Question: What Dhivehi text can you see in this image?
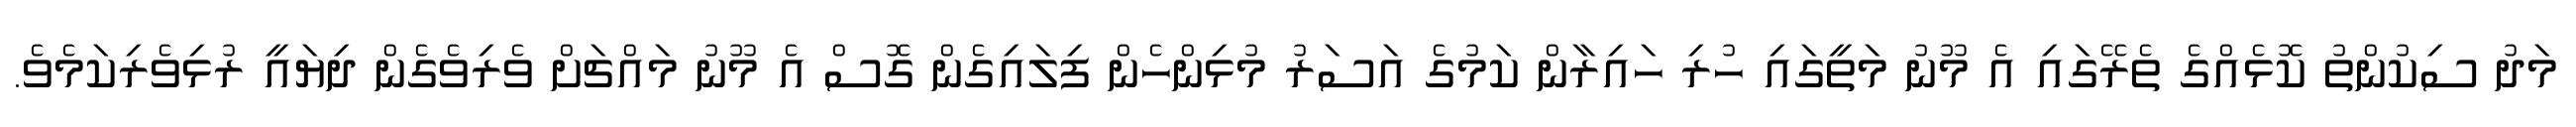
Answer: މަދު ސިކުންތު ކޮޅެއްގެ ތެރޭގައި އެ މޫނު މަތީގައި ހުރި ހައިރާން ކަމުގެ އަސަރު މުޅިންހެން ފިލައިގެން ގޮސް އެ މޫނު މައްޗަށް ވެރިވެގެން ދިޔައީ ރުޅިވެރިކަމެވެ.